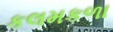
કલમકળા